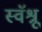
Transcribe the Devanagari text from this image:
स्वॅश्रू